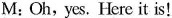
M: Oh, yes. Here it is!